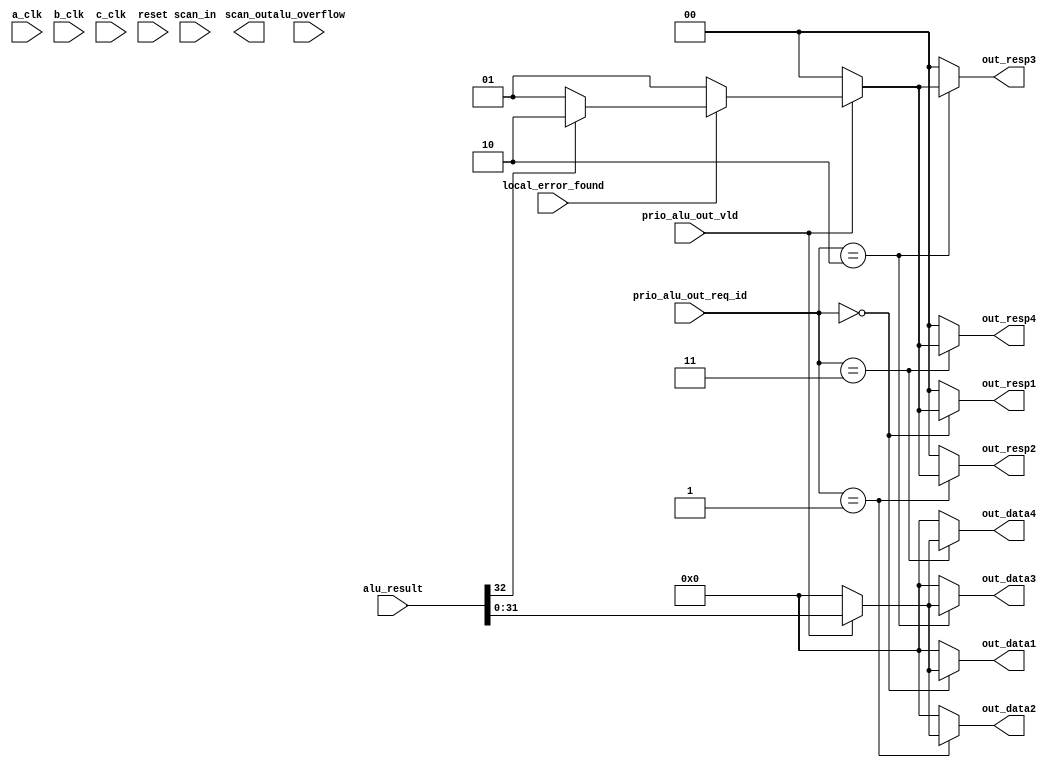
//  Library:  calc1
//  Module:  ALU Output Stage

module alu_output_stage(out_data1, out_data2, out_data3, out_data4, out_resp1, out_resp2, out_resp3, out_resp4, scan_out, a_clk, b_clk, c_clk,alu_overflow, alu_result,  local_error_found, prio_alu_out_req_id, prio_alu_out_vld, reset, scan_in);
   
   output [0:31] out_data1, out_data2, out_data3, out_data4;
   output [0:1]  out_resp1, out_resp2, out_resp3, out_resp4;
   output 	 scan_out;

   input [0:63] alu_result;
   input [0:1] 	prio_alu_out_req_id;
   input [1:7] 	reset;
   input 	a_clk, b_clk, c_clk, 
		alu_overflow, 
		local_error_found, 
		prio_alu_out_vld, 
		scan_in;
   
   wire [0:31] 	hold_data;
   wire [0:1] 	hold_resp, hold_id;

   assign hold_id[0:1] = prio_alu_out_req_id[0:1];
	
   assign hold_resp[0:1] = 
	  (~prio_alu_out_vld) ? 2'b00 :
	  (~local_error_found) ? 2'b01 :
	  (alu_result[31]) ? 2'b10 :
	  2'b01;

   assign hold_data[0:31] = (prio_alu_out_vld) ? alu_result[32:63] : 32'b0;
   
   assign out_resp1[0:1] = (hold_id[0:1] == 2'b00) ? hold_resp[0:1] : 2'b00;
   
   assign   out_resp2[0:1] = (hold_id[0:1] == 2'b01) ? hold_resp[0:1] : 2'b00;
   
   assign   out_resp3[0:1] = (hold_id[0:1] == 2'b10) ? hold_resp[0:1] : 2'b00;
   
   assign   out_resp4[0:1] = (hold_id[0:1] == 2'b11) ? hold_resp[0:1] : 2'b00;
   
   assign   out_data1[0:31] = (hold_id[0:1] == 2'b00) ? hold_data[0:31] : 32'b0;
   
   assign   out_data2[0:31] = (hold_id[0:1] == 2'b01) ? hold_data[0:31] : 32'b0;
   
   assign   out_data3[0:31] = (hold_id[0:1] == 2'b10) ? hold_data[0:31] : 32'b0;
   
   assign   out_data4[0:31] = (hold_id[0:1] == 2'b11) ? hold_data[0:31] : 32'b0;
      
endmodule